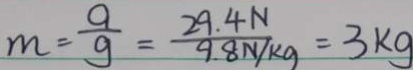
m = \frac { G } { g } = \frac { 2 9 . 4 N } { 9 . 8 N / k g } = 3 k g